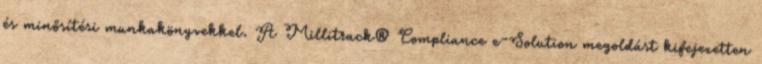
és minősítési munkakönyvekkel. A Millitrack® Compliance e-Solution megoldást kifejezetten